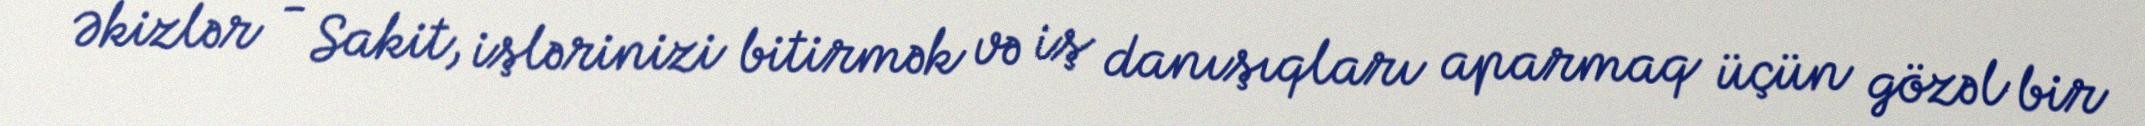
Əkizlər - Sakit, işlərinizi bitirmək və iş danışıqları aparmaq üçün gözəl bir